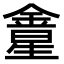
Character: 𨩛